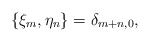
\begin{align*} \{ \xi_m, \eta_n \} = \delta_{m+n,0},\end{align*}